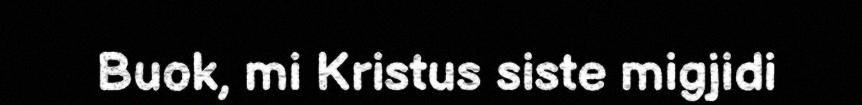
Buok, mi Kristus siste migjidi